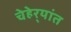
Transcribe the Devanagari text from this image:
चेहेर्‍यांत